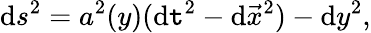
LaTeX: \mathrm{d}s^{2}=a^{2}(y)(\mathrm{d}\mathtt{t}^{2}-\mathrm{d}\vec{{x}}^{2})-\mathrm{d}y^{2},